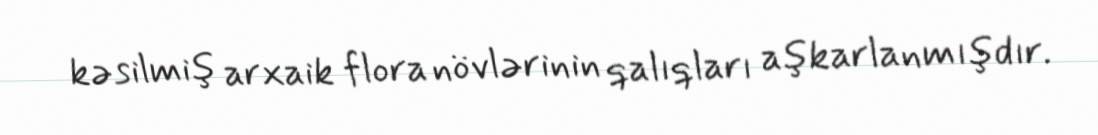
kəsilmiş arxaik flora növlərinin qalıqları aşkarlanmışdır.